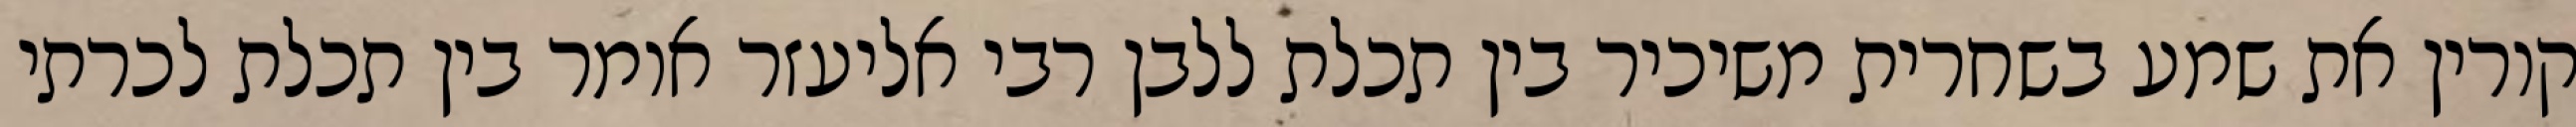
קורין את שמע בשחרית משיכיר בין תכלת ללבן רבי אליעזר אומר בין תכלת לכרתי